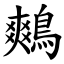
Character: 鷞